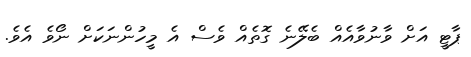
ޕާޓީ އަށް ވާނުވާއެއް ބެލޭނެ ގޮތެއް ވެސް އެ މީހުންނަކަށް ނޯވެ އެވެ.